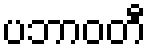
ပဘာဝတီ